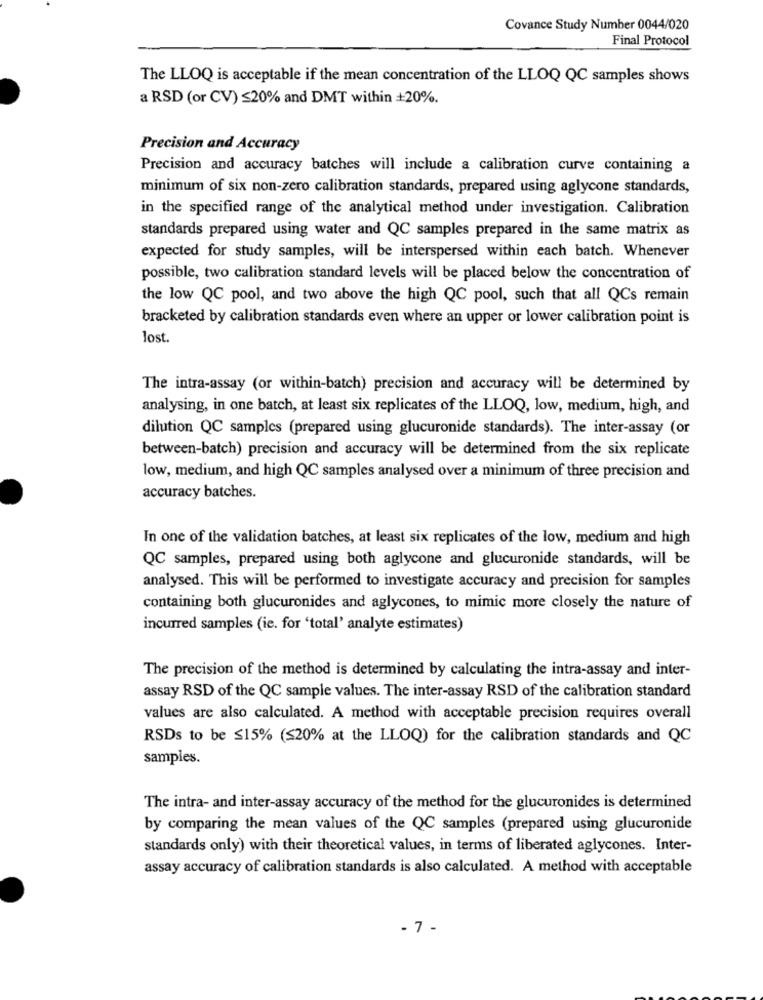
Covance Study Number 0044/020
Final Protocol
The LLOQ is acceptable if the mean concentration of the LLOQ QC samples shows
a RSD (or CV) ≤20% and DMT within +20%.
Precision and Accuracy
Precision and accuracy batches will include a calibration curve containing a
minimum of six non-zero calibration standards, prepared using aglycone standards,
in the specified range of the analytical method under investigation. Calibration
standards prepared using water and QC samples prepared in the same matrix as
expected for study samples, will be interspersed within each batch. Whenever
possible, two calibration standard levels will be placed below the concentration of
the low QC pool, and two above the high QC pool, such that all QCs remain
bracketed by calibration standards even where an upper or lower calibration point is
lost
The intra-assay (or within-batch) precision and accuracy will be determined by
analysing, in one batch, at least six replicates of the LLOQ, low, medium, high, and
dilution QC samples (prepared using glucuronide standards). The inter-assay (or
between-batch) precision and accuracy will be determined from the six replicate
low, medium, and high QC samples analysed over a minimum of three precision and
accuracy batches.
In one of the validation batches, at least six replicates of the low, medium and high
QC samples, prepared using both aglycone and glucuronide standards, will be
analysed. This will be performed to investigate accuracy and precision for samples
containing both glucuronides and aglycones, to mimic more closely the nature of
incurred samples (ie. for 'total' analyte estimates)
The precision of the method is determined by calculating the intra-assay and inter-
assay RSD of the QC sample values. The inter-assay RSD of the calibration standard
values are also calculated. A method with acceptable precision requires overall
RSDs to be ≤15% (≤20% at the LLOQ) for the calibration standards and QC
samples.
The intra- and inter-assay accuracy of the method for the glucuronides is determined
by comparing the mean values of the QC samples (prepared using glucuronide
standards only) with their theoretical values, in terms of liberated aglycones. Inter-
assay accuracy of calibration standards is also calculated. A method with acceptable
- 7 -